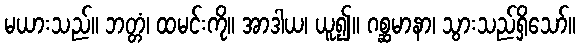
မယားသည်။ ဘတ္တံ၊ ထမင်းကို။ အာဒါယ၊ ယူ၍။ ဂစ္ဆမာနာ၊ သွားသည်ရှိသော်။